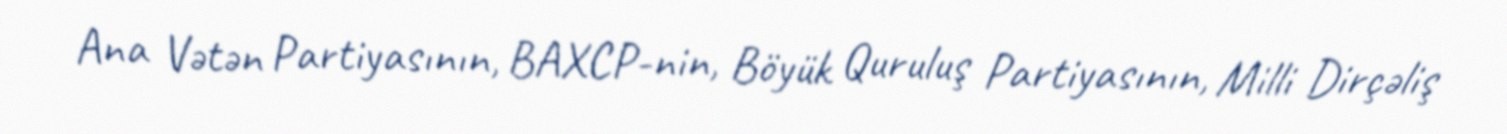
Ana Vətən Partiyasının, BAXCP-nin, Böyük Quruluş Partiyasının, Milli Dirçəliş